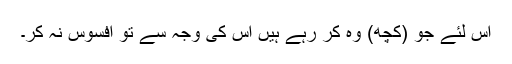
اس لئے جو (کچھ) وہ کر رہے ہیں اس کی وجہ سے تو افسوس نہ کر۔